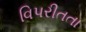
વિપરીતતા